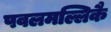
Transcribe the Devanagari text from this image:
पवलमल्लिकै